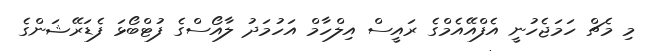
މި މެޗް ހަމަޖެހުނީ އެފްއޭއެމްގެ ރައީސް އިލްހާމް އަހުމަދު ލާއޯސްގެ ފުޓްބޯޅަ ފެޑަރޭޝަންގެ